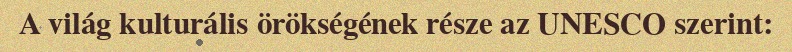
A világ kulturális örökségének része az UNESCO szerint: